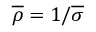
{ \overline { { \rho } } } = 1 / { \overline { { \sigma } } }